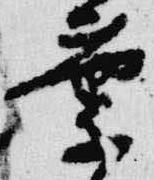
葉